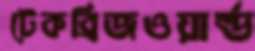
টেকব্রিজওয়ার্ল্ড